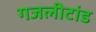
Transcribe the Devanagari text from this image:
गजलीटांड